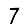
Digit: 7